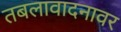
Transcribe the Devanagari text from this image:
तबलावादनावर